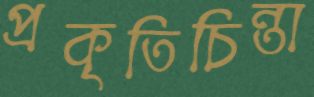
প্রকৃতিচিন্তা